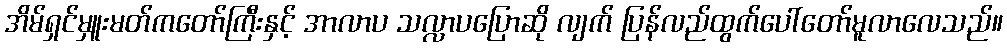
အိမ်ရှင်မှူးမတ်ကတော်ကြီးနှင့် အာလာပ သလ္လာပပြောဆို လျက် ပြန်လည်ထွက်ပေါ်တော်မူလာလေသည်။